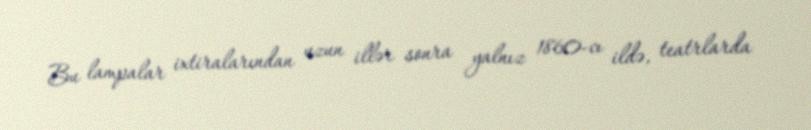
Bu lampalar ixtiralarından uzun illər sonra yalnız 1860-cı ildə, teatrlarda